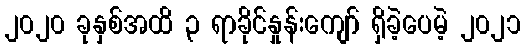
၂၀၂၀ ခုနှစ်အထိ ၃ ရာခိုင်နှုန်းကျော် ရှိခဲ့ပေမဲ့ ၂၀၂၁